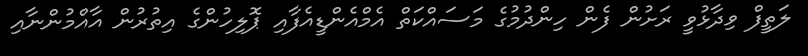
ލަތީފް ވިދާޅުވީ ރަށުން ފެން ހިންދުމުގެ މަސައްކަތް އެމްއެންޑީއެފާއި ޕޮލިހުންގެ އިތުރުން އާއްމުންނާއި